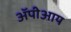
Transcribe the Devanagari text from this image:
ॲपीआय